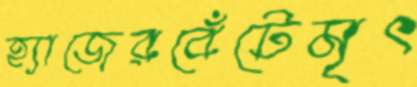
হ্যাজেরবেঁটেমৃৎ